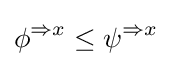
\phi ^{\Rightarrow x}\leq \psi ^{\Rightarrow x}